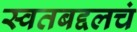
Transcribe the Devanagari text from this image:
स्वतबद्दलचं